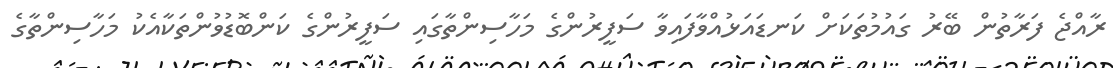
ރާއްޖެ ފަރާތުން ބޭރު ގައުމުތަކަށް ކަނޑައަޅުއްވާފައިވާ ސަފީރުންގެ މަހާސިންތާގައި ސަފީރުންގެ ކަންބޮޑުވުންތަކާއެކު މަހާސިންތާގެ